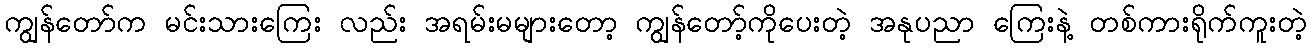
ကျွန်တော်က မင်းသားကြေး လည်း အရမ်းမများတော့ ကျွန်တော့်ကိုပေးတဲ့ အနုပညာ ကြေးနဲ့ တစ်ကားရိုက်ကူးတဲ့